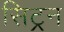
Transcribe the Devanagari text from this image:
सिट्रन